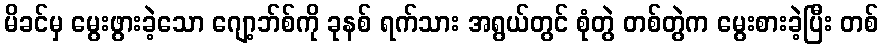
မိခင်မှ မွေးဖွားခဲ့သော ဂျော့ဘ်စ်ကို ခုနစ် ရက်သား အရွယ်တွင် စုံတွဲ တစ်တွဲက မွေးစားခဲ့ပြီး တစ်